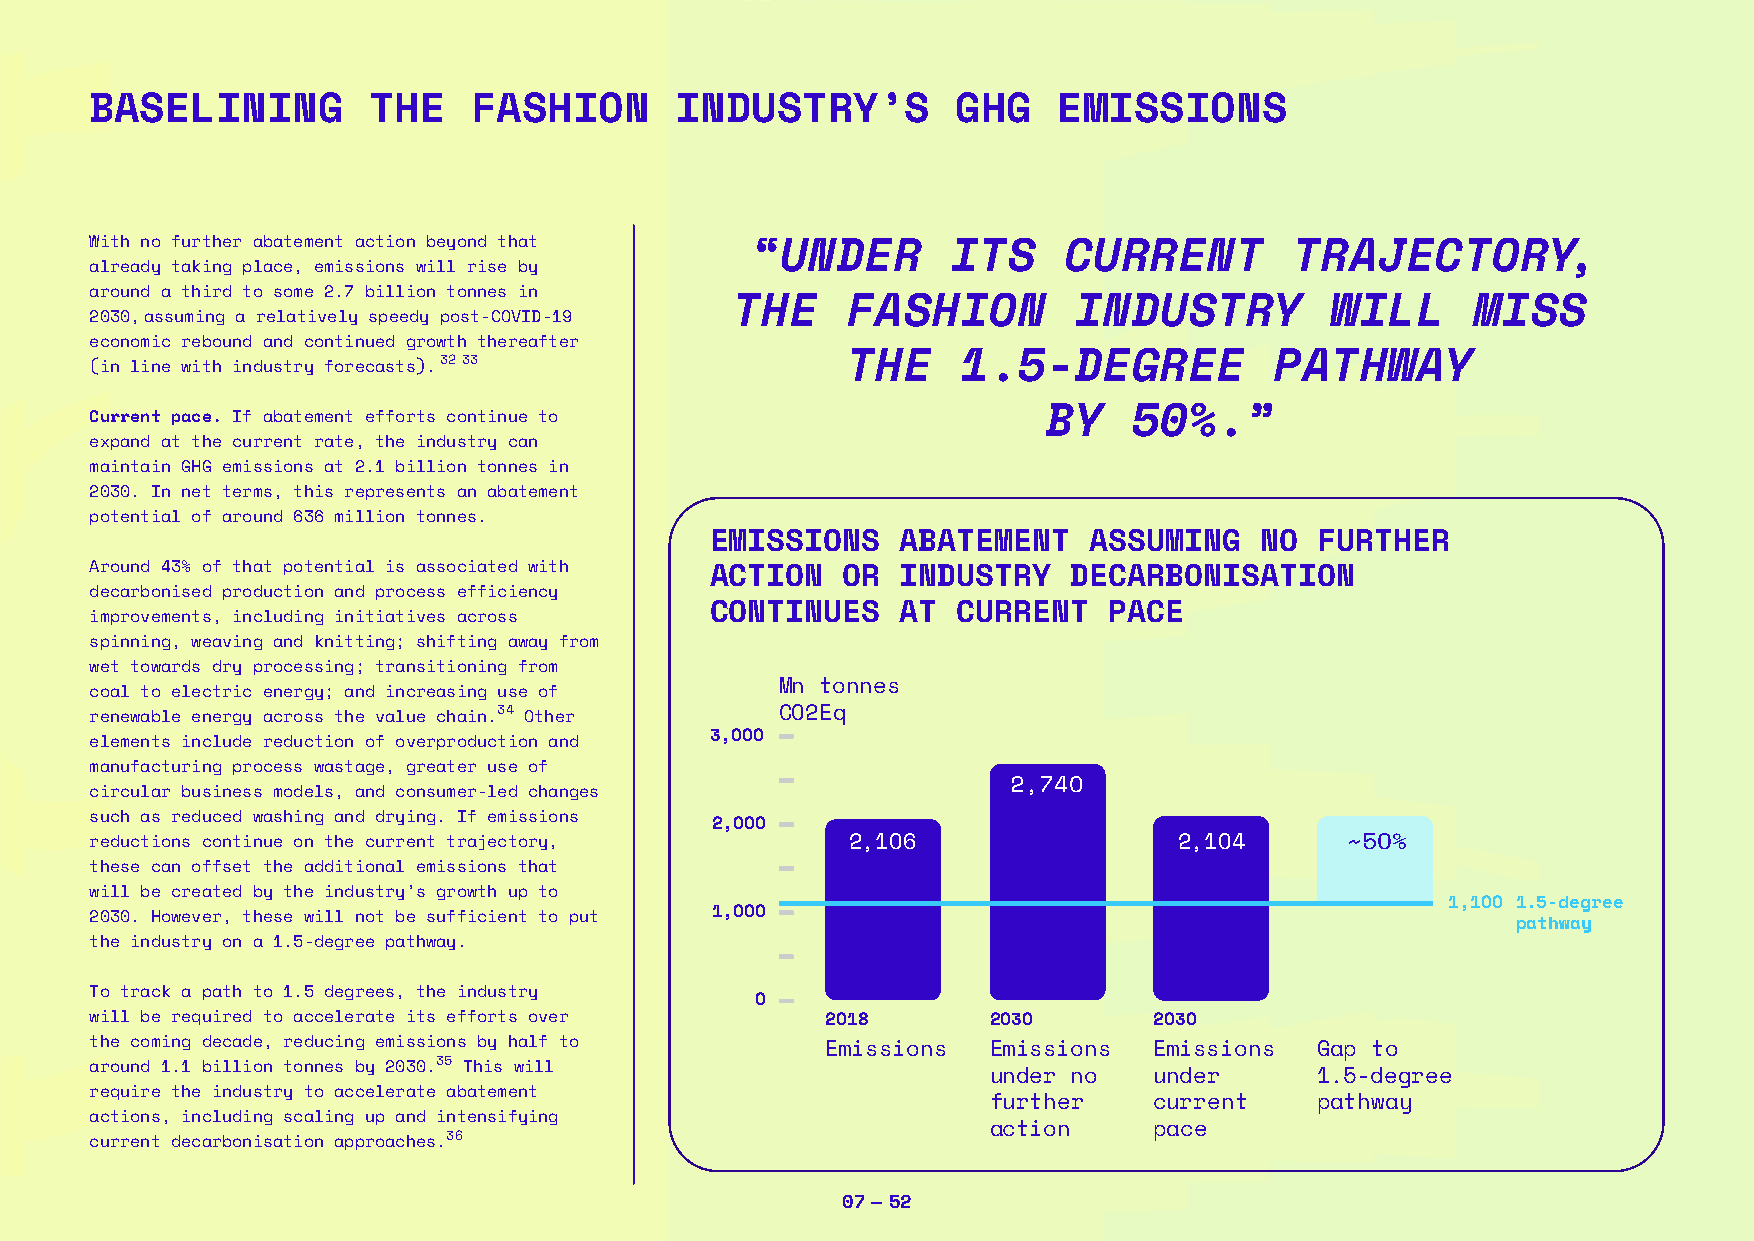
BASELINING        THE    FASHION       INDUSTRY’S        GHG    EMISSIONS
 With no further abatement action beyond that “UNDER      ITS    CURRENT         TRAJECTORY,
 already taking place, emissions will rise by
 around a third to some 2.7 billion tonnes in
 THE    FASHION        INDUSTRY         WILL      MISS
 2030, assuming a relatively speedy post-COVID-19
 economic rebound and continued growth thereafter
 (in line with industry forecasts). 32 33          THE     1.5-DEGREE          PATHWAY
 Current pace. If abatement efforts continue to                 BY    50%.”
 expand at the current rate, the industry can
 maintain GHG emissions at 2.1 billion tonnes in
 2030. In net terms, this represents an abatement
 potential of around 636 million tonnes.
 EMISSIONS    ABATEMENT   ASSUMING   NO  FURTHER
 Around 43% of that potential is associated with ACTION OR INDUSTRY DECARBONISATION
 decarbonised production and process efficiency
 CONTINUES    AT CURRENT   PACE
 improvements, including initiatives across
 spinning, weaving and knitting; shifting away from
 wet towards dry processing; transitioning from
 Mn tonnes
 coal to electric energy; and increasing use of
 renewable energy across the value chain.34 Other CO2Eq
 elements include reduction of overproduction and 3,OOO
 manufacturing process wastage, greater use of
 2,74O
 circular business models, and consumer-led changes
 such as reduced washing and drying. If emissions
 2,OOO
 reductions continue on the current trajectory,    2,1O6                 2,1O4      ~5O%
 these can offset the additional emissions that
 will be created by the industry’s growth up to
 1,1OO 1.5-degree
 2030. However, these will not be sufficient to put 1,OOO
 pathway
 the industry on a 1.5-degree pathway.
 To track a path to 1.5 degrees, the industry
 O
 will be required to accelerate its efforts over  2O18       2O3O      2O3O
 the coming decade, reducing emissions by half to Emissions  Emissions Emissions  Gap to
 around 1.1 billion tonnes by 2030.35 This will
 under no  under      1.5-degree
 require the industry to accelerate abatement
 further   current    pathway
 actions, including scaling up and intensifying
 action    pace
 current decarbonisation approaches.36
 07 — 52